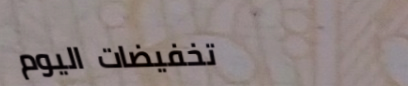
تخفيضات اليوم